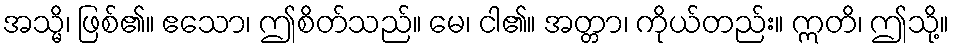
အသ္မိ၊ ဖြစ်၏။ ဧသော၊ ဤစိတ်သည်။ မေ၊ ငါ၏။ အတ္တာ၊ ကိုယ်တည်း။ ဣတိ၊ ဤသို့။